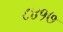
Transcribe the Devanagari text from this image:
८४१७